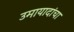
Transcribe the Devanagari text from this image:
उमायादांचा